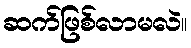
ဆက်ဖြစ်လာမလဲ။